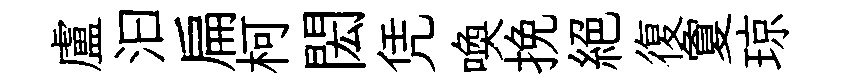
盧汩扁柯閎凭喚挽絕復夐琼